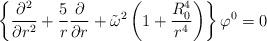
LaTeX: \begin{align*}\left \{ { \partial^2 \over {\partial r^2}} + { 5 \over r} {\partial \over {\partial r}} + \tilde \omega^2 \left ( 1 + {R^4_0 \over r^4} \right ) \right \} \varphi^0 =0 \end{align*}